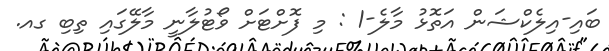
ބައި-އިލެކްޝަން އަތޮޅު މާލެ-1 : މި ފޮށްޓަށް ވޯޓުލާނީ މާލޭގައި ތިބި ގއ.